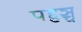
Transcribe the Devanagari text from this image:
पहुञ्च